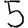
Digit: 5